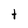
Character: t